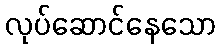
လုပ်ဆောင်နေသော